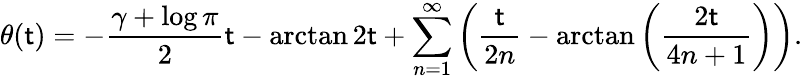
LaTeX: \theta(\mathsf{t})=-{\frac{{\gamma+\log\pi}}{{2}}}\mathsf{t}-\arctan2\mathsf{t}+\sum_{n=1}^{\infty}\left({\frac{{\mathsf{t}}}{{2n}}}-\arctan\left({\frac{{2\mathsf{t}}}{{4n+1}}}\right)\right).